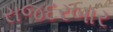
રાજદરબાર